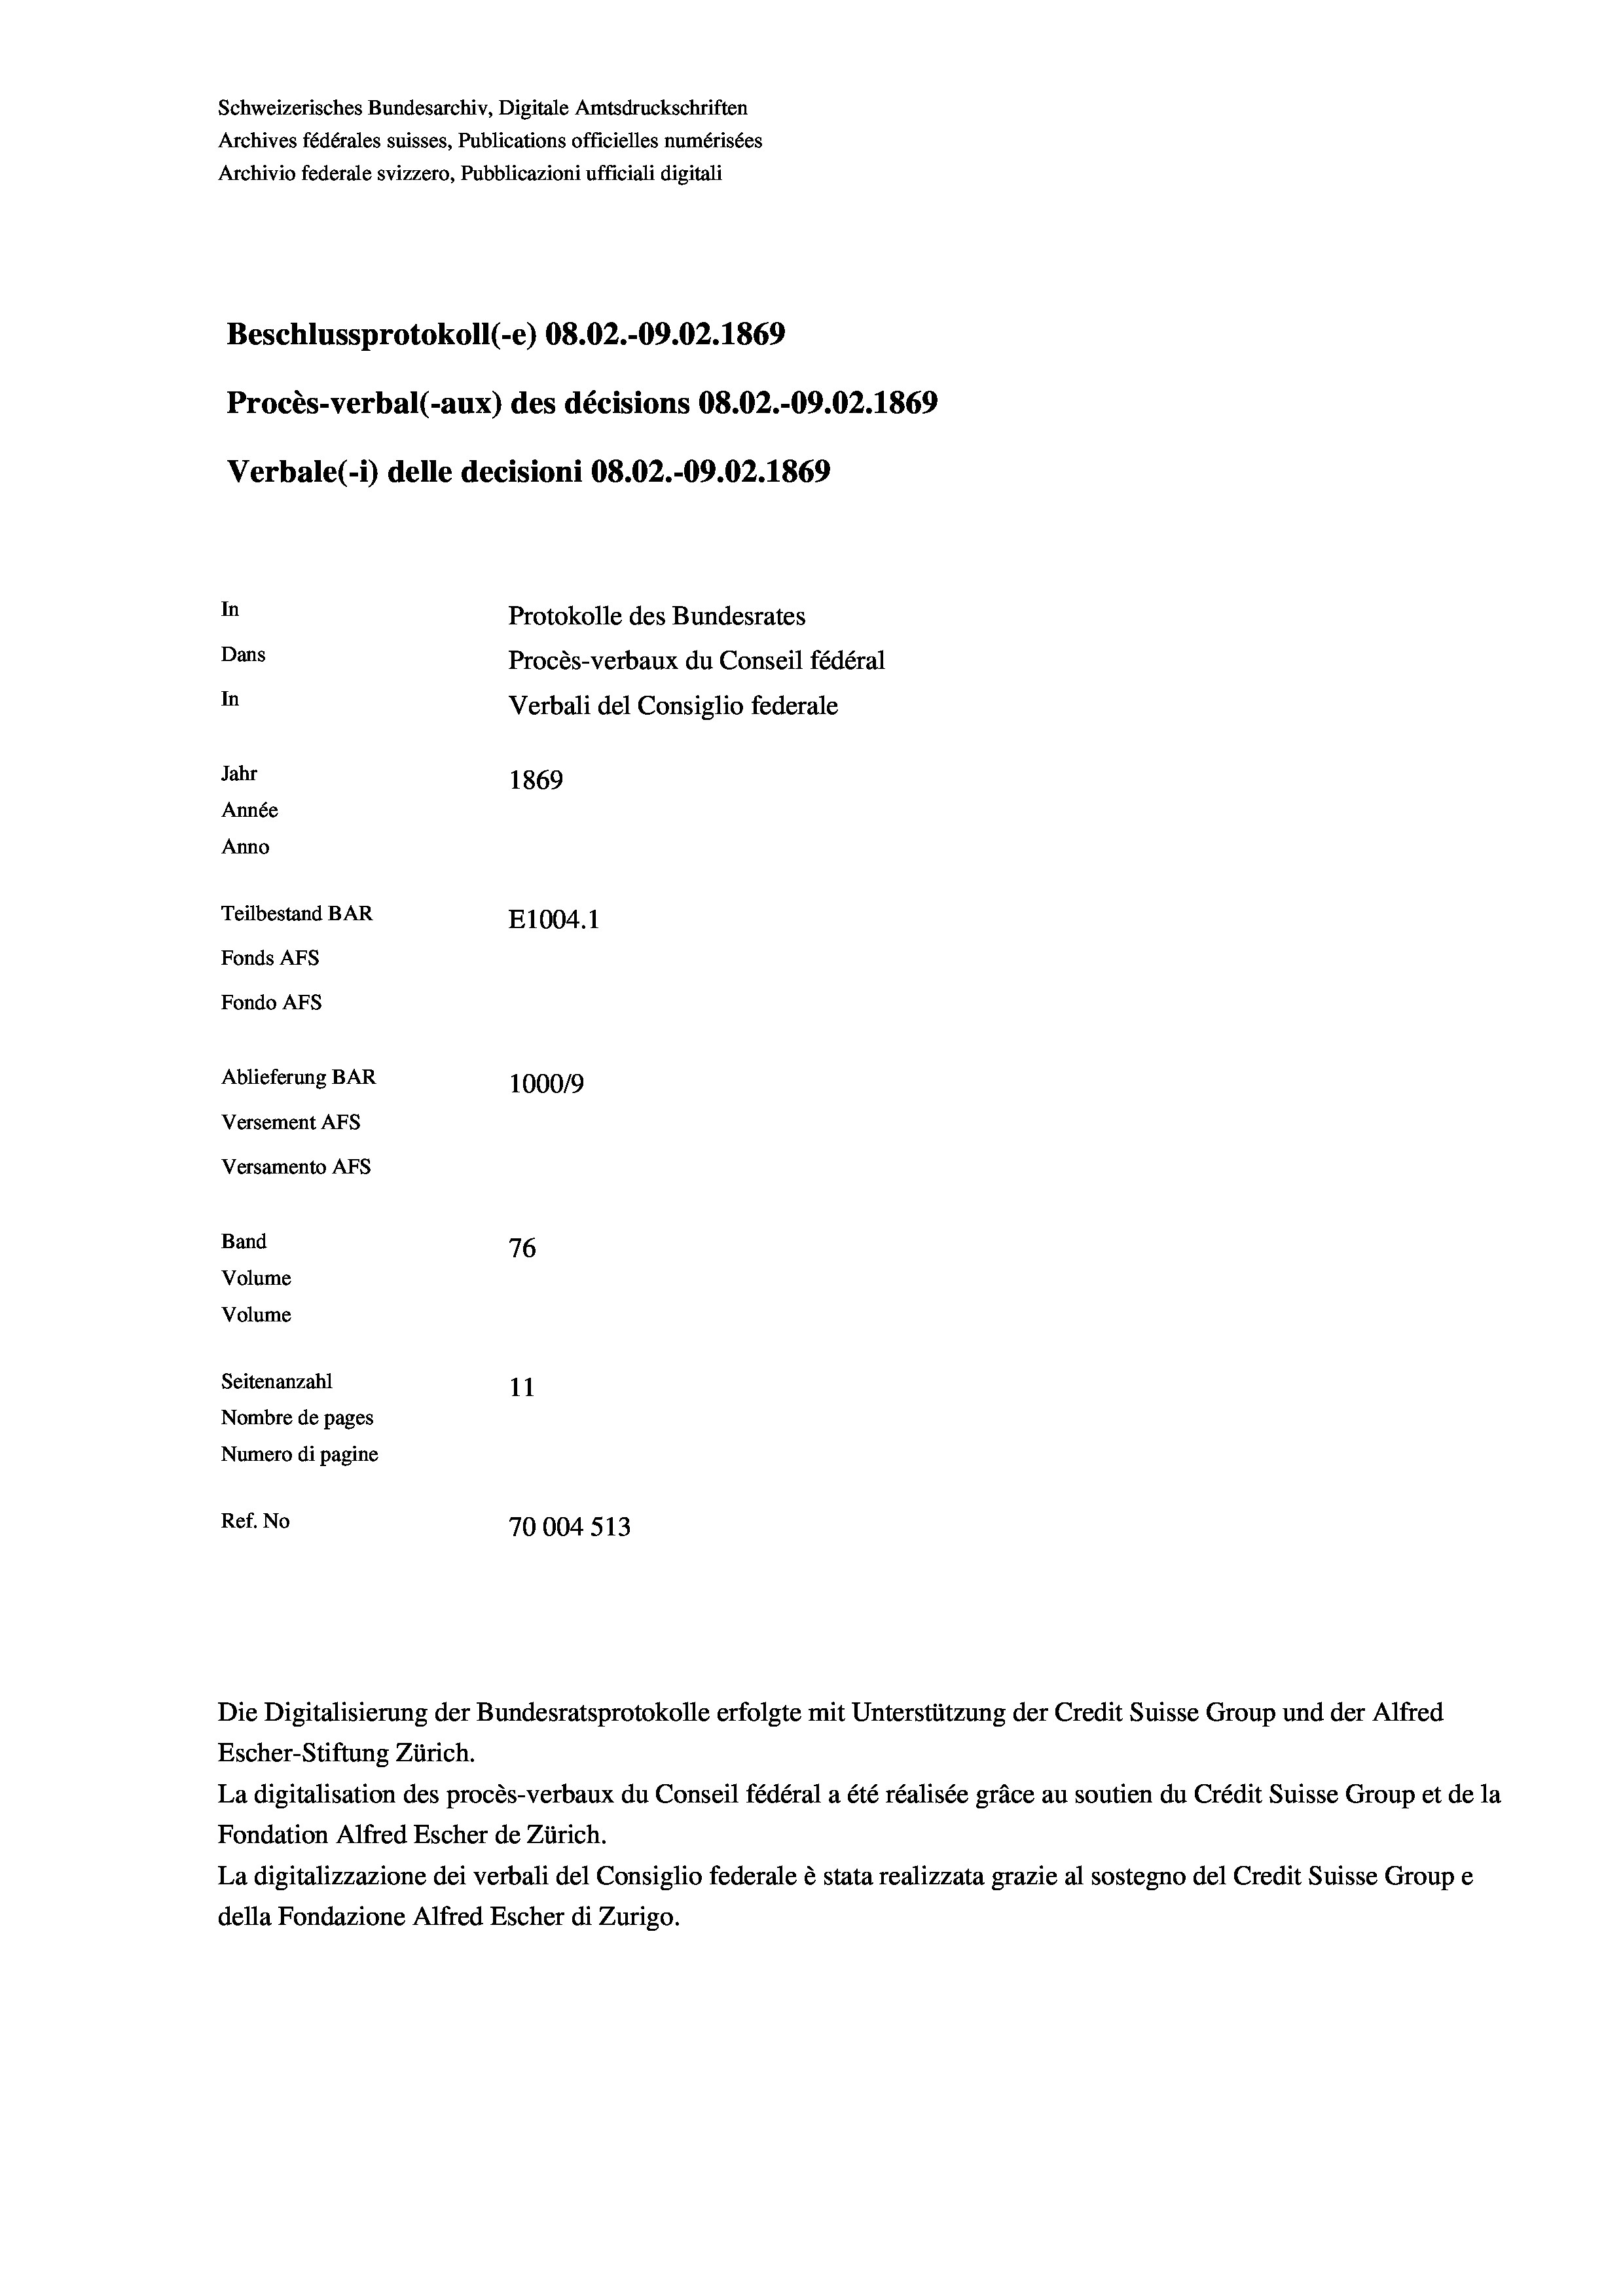
Schweizerisches Bundesarchiv, Digitale Amtsdruckschriften
Archives fédérales suisses, Publications officielles numérisées
Archivio federale svizzero, Pubblicazioni ufficiali digitali
Beschlussprotokoll (-e) 08.02.-09.02. 1869
Procès-verbal (-aux) des décisions 08.02.-09.02. 1869
Verbale (1) delle decisioni 08.02.-09.02. 1869
In
Protokolle des Bundesrates
Dans
Procès-verbaux du Conseil fédéral
In
Verbali del Consiglio federale
Jahr
1869
Année
Anno
Teilbestand BAR
E1004.1
Fonds AFs
Fondo AFS
Ablieferung BAR
100019
Versement As
Versamento AFs
Band
76
Volume
Volume

Seitenanzahl
11
Nombre de pages
Numero di pagine
Ref. No
70004 513

Escher-Stiftung Zürich.
La digitalisation des procès-verbaux du Conseil fédéral a été réalisée gräce au soutien du Crédit Suisse Group et de la
Fondation Alfred Escher de Zürich.
La digitalizzazione dei verbali del Consiglio federale è stata realizzata grazie al sostegno del Credit Suisse Groupe
della Fondazione Alfred Escher di Zurigo.

Die Digitalisierung der Bundesratsprotokolle erfolgte mit Unterstützung der Credit Suisse Group und der Alfred